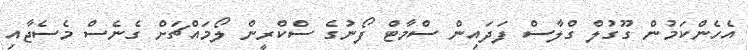
އެހެންކަމުން ގޫގުލް ގްލާސް ފަދައިން ސްމާޓް ފޯނުގެ ސްކްރީން ލޯމައްޗަށް ގެނެސް މެސެޖާއި